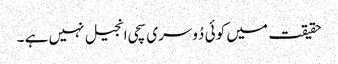
حقیقت میں کو ئی دُوسری سچی انجیل نہیں ہے ۔